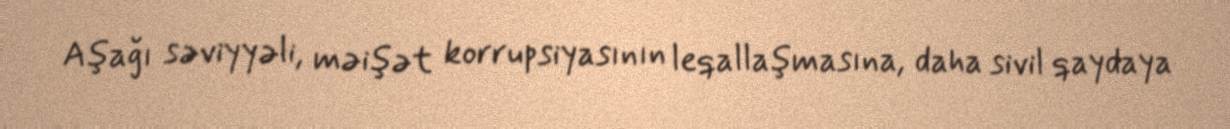
Aşağı səviyyəli, məişət korrupsiyasının leqallaşmasına, daha sivil qaydaya